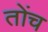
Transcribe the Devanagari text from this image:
तोंच